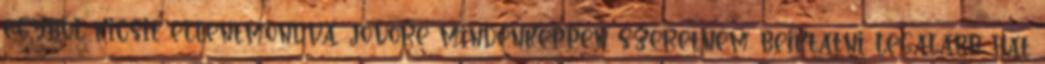
egyből kicsit ellentmondva, jövőre mindenképpen szeretném beiktatni legalább hat